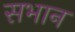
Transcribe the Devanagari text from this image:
सभान